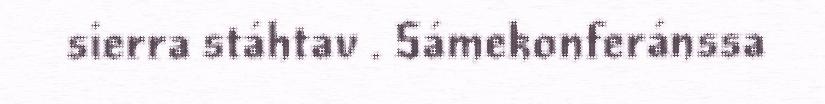
sierra stáhtav . Sámekonferánssa